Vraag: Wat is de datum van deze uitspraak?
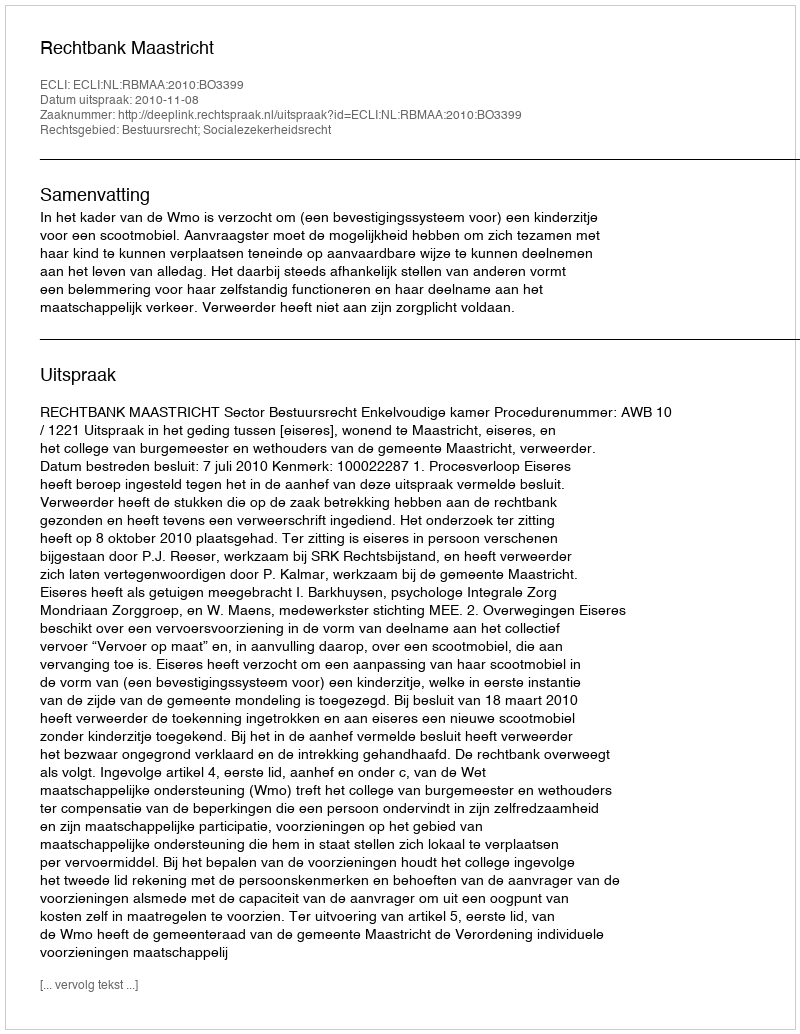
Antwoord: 2010-11-08